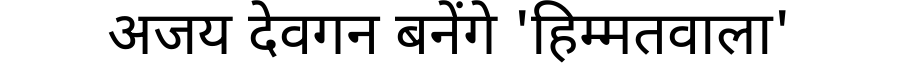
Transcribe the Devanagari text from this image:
अजय देवगन बनेंगे 'हिम्मतवाला'